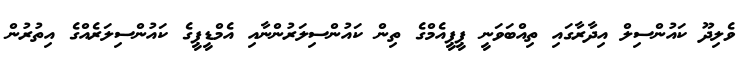
ވެލިދޫ ކައުންސިލް އިދާރާގައި ތިއްބަވަނީ ޕީޕީއެމްގެ ތިން ކައުންސިލަރުންނާއި އެމްޑީޕީގެ ކައުންސިލަރެއްގެ އިތުރުން